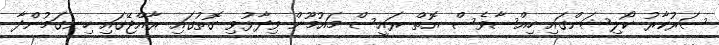
ސަރުކާރު ކޯލިޝަންގައި ހިއްސާވެސް އޮތް ރައީސް މައުމޫން ވިދާޅުވި ގޮތުގައި ރާއްޖޭގައި ހިނގަމުންދާ